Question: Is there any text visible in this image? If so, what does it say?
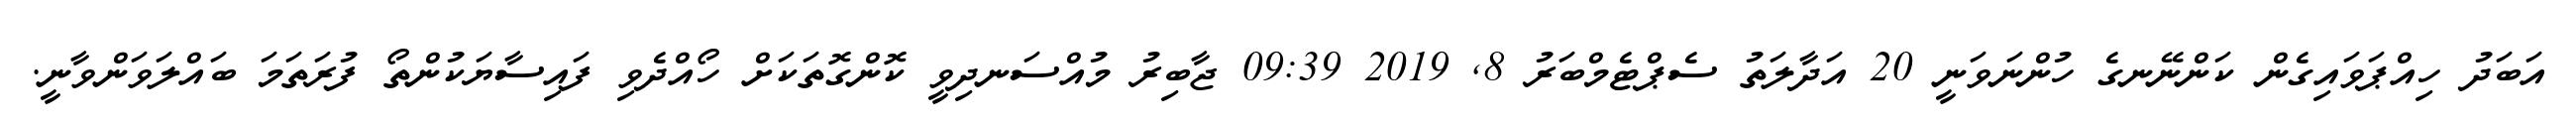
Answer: އަބަދު ހިއްޕަވައިގެން ކަންނޭނގެ ހުންނަވަނީ 20 އަދާލަތު ސެޕްޓެމްބަރު 8, 2019 09:39 ޖާބިރު މުއްސަނދިވީ ކޮންގޮތަކަށް ހޯއްދެވި ފައިސާޔަކުންތޯ ފުރަތަމަ ބައްލަވަންވާނީ.